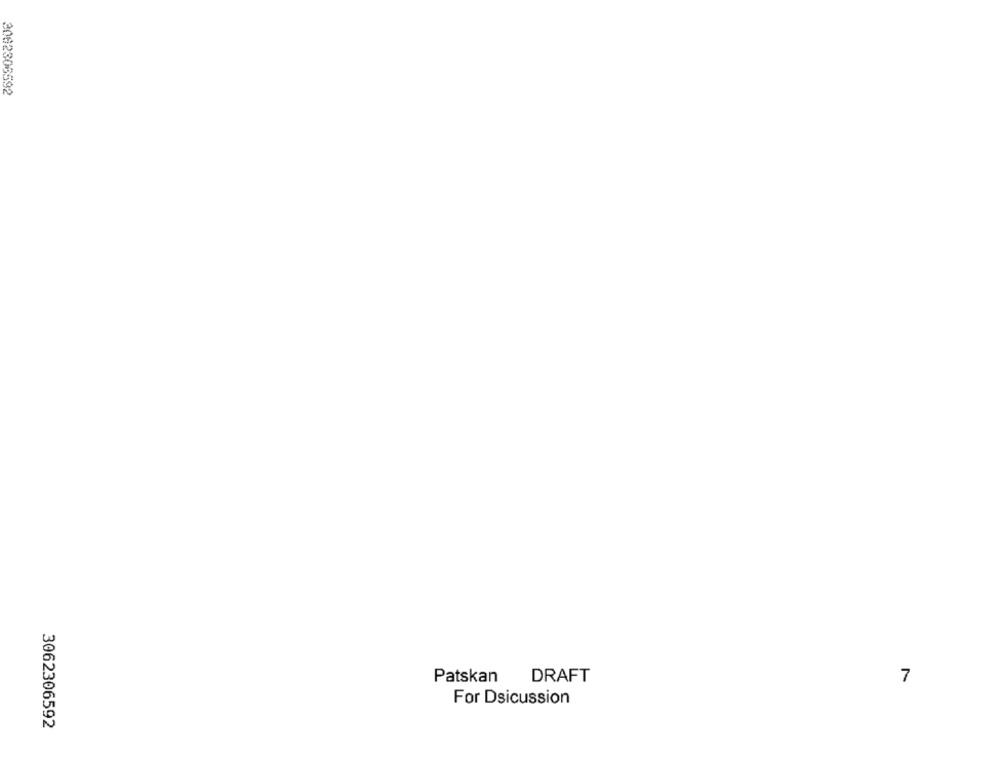
2082306592
Patskan DRAFT
7
For Dsicussion
3062306592